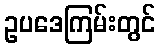
ဥပဒေကြမ်းတွင်